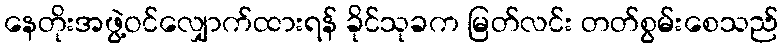
နေတိုးအဖွဲ့ဝင်လျှောက်ထားရန် ခိုင်သုခက မြတ်လင်း တတ်စွမ်းစေသည်